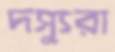
দস্যুরা